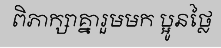
ពិភាក្សាគ្នារួមមក ប្អូនថ្លៃ